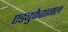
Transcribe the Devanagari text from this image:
एड्युकेशनल